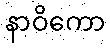
နာဝိကော